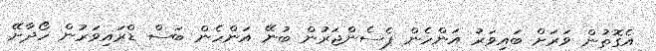
އެގޮތުން ވަރަށް ބައިވަރު އަންހެން ޕެސެންޖަރުން ބުނޭ އަންހެން ބަސް ޑްރައިވަރުން ހޯދާށޭ